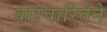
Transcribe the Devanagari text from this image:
वारंवारितेने